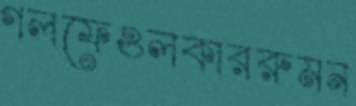
গলফেওলকাররুমন